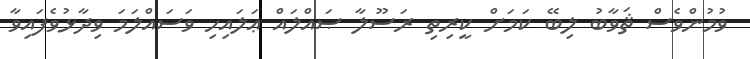
ވުމުންވެސް ޘަވާބު ލިބޭ ކަމަށް ކީރިތި ރަސޫލާ ޞައްލައް ޢަލައިހި ވަސައްލަމަ ވިދާޅުވެފައިވާ